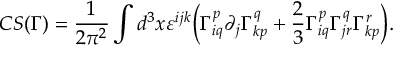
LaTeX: C S ( \Gamma ) = { \frac { 1 } { 2 \pi ^ { 2 } } } \int d ^ { 3 } x \varepsilon ^ { i j k } { \biggl ( } \Gamma _ { i q } ^ { p } \partial _ { j } \Gamma _ { k p } ^ { q } + { \frac { 2 } { 3 } } \Gamma _ { i q } ^ { p } \Gamma _ { j r } ^ { q } \Gamma _ { k p } ^ { r } { \biggr ) } .